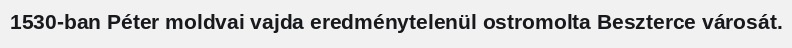
1530-ban Péter moldvai vajda eredménytelenül ostromolta Beszterce városát.